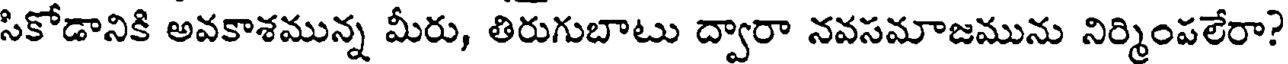
సికోడానికి అవకాశమున్న మీరు, తిరుగుబాటు ద్వారా నవసమాజమును నిర్మింపలేరా?